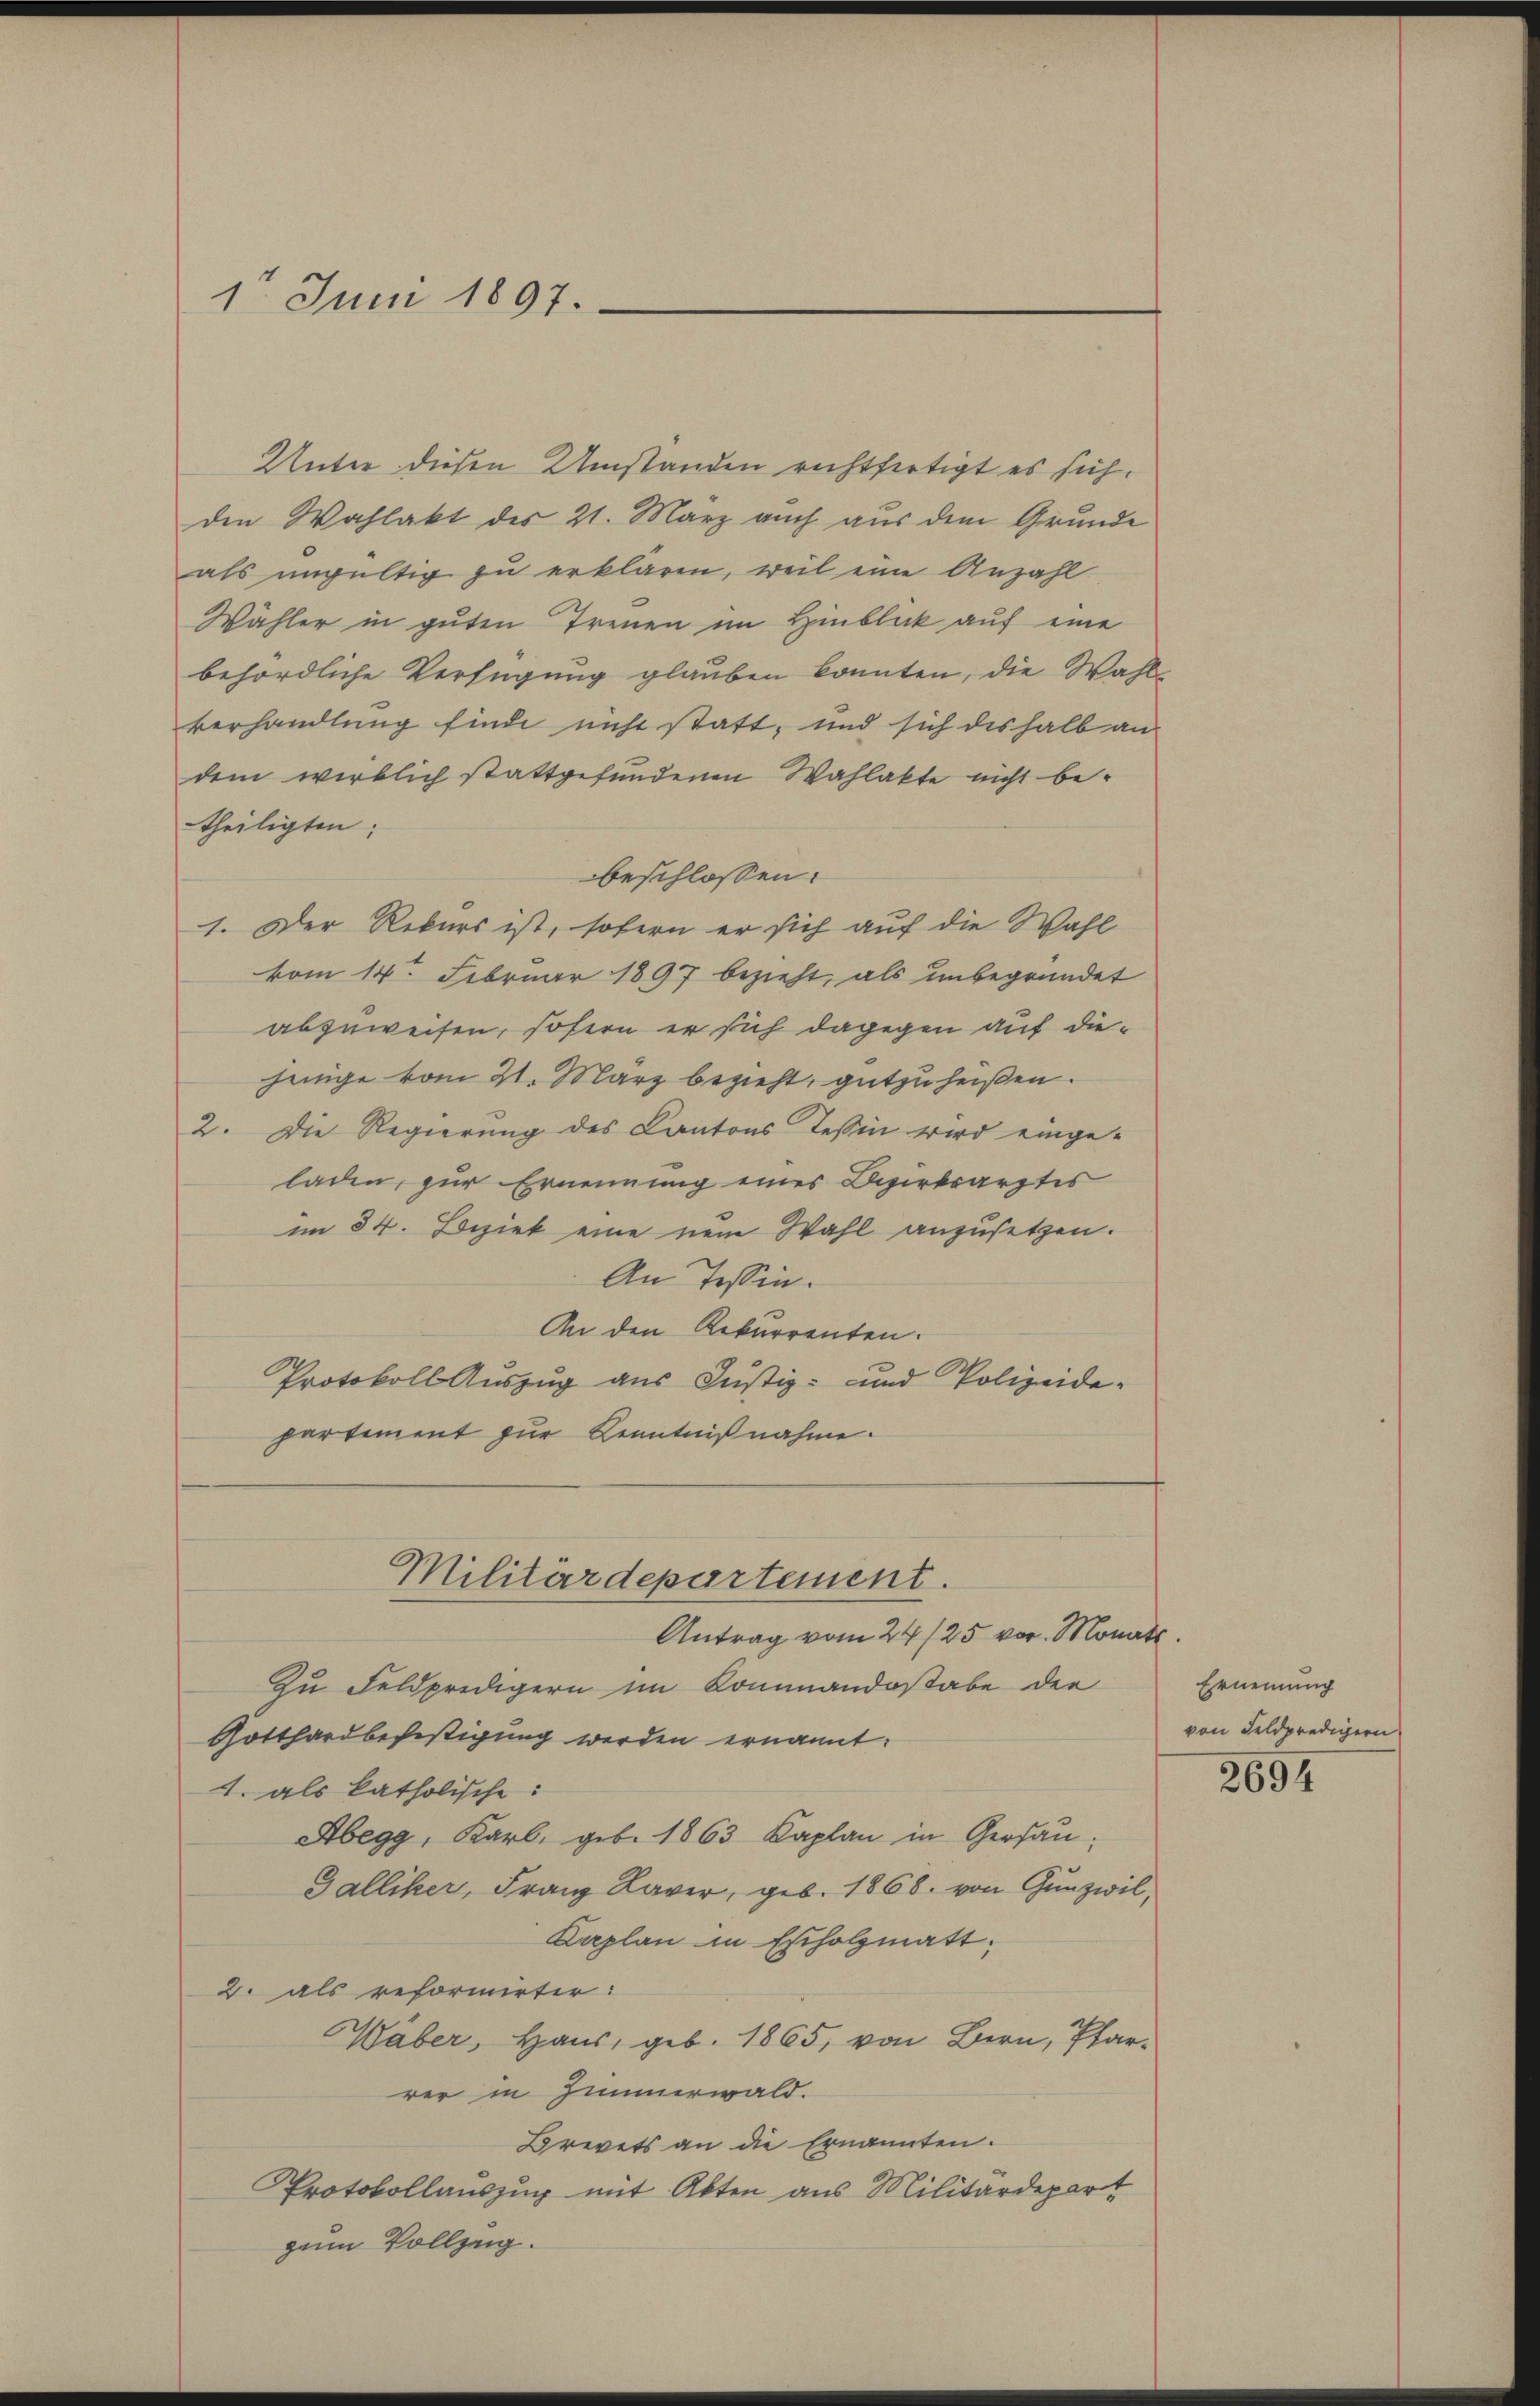
1t Juni 1897.

Unter diesen Umstanden rechtfertigt es sich.
den Wahlakt des 21. März auch aus dem Grunde
als ungültig zu erklären, weil eine Anzahl
Wähler in guten Treuen im Hinblick auf eine
behördliche Verfügung glauben konnten, die Wahlverhandlung finde nicht statt, und sich deshalb an
dem wirklich stattgefundenen Wahlakte nicht betheiligten:
beschlossen:
1. Der Rekurs ist, sofern er sich auf die Wahl
vom 14. Februar 1897 bezieht, als unbegründet
abzuweisen, sofern er sich dagegen auf diejenige vom 21. März bezieht, gutzuheißen.
2. Die Regierung des Kantons Tessin wird einge-
laden, zur Ernennung eines Bezirksarztes
im 34. Bezirk eine neue Wahl anzusetzen.
An Tessin.
An den Rekurrenten.
Protokoll Auszug aus Justiz- und Polizeide-
partiment zur Kenntnißnahme.

Zu Feldpredigern im Kommandostabe der
Gotthardbefestigung werden ernannt:
1. als katholische:
Abegg, Karl, geb. 1863 Kaplan in Gersau¬
Galliker, Franz Xaver, geb. 1868. von Gunzwil,
Kaplan in Estholzmatt,
2. als reformirter:
Wäber, Haus, geb. 1865, von Bern, Pfarrer in Zimmerwald.
Brevets an die Ernannten.
Protokollauszug mit Akten aus Militärdepart
zum Vollzeig

Militärdepartement.
Antrag vom 24/25 vor. Monat

Ernennung
von Feldpredigern

2694